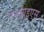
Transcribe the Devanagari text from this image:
एनआइएस